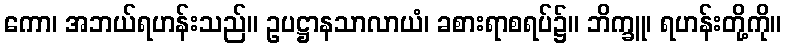
ကော၊ အဘယ်ရဟန်းသည်။ ဥပဋ္ဌာနသာလာယံ၊ ခစားရာစရပ်၌။ ဘိက္ခူ၊ ရဟန်းတို့ကို။